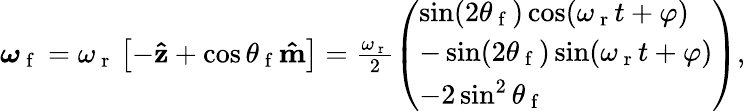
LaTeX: \begin{array}{r}{\boldsymbol{\omega}_{\mathrm{~f~}}=\omega_{\mathrm{~r~}}\left[-\mathbf{\hat{z}}+\cos\theta_{\mathrm{~f~}}\mathbf{\hat{m}}\right]=\frac{\omega_{\mathrm{~r~}}}{2}\left(\begin{array}{l}{\sin(2\theta_{\mathrm{~f~}})\cos(\omega_{\mathrm{~r~}}t+\varphi)}\\ {-\sin(2\theta_{\mathrm{~f~}})\sin(\omega_{\mathrm{~r~}}t+\varphi)}\\ {-2\sin^{2}\theta_{\mathrm{~f~}}}\end{array}\right),}\end{array}